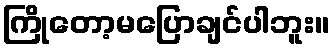
ကြိုတော့မပြောချင်ပါဘူး။